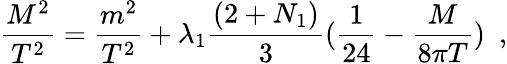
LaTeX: \frac{M^{2}}{T^{2}}=\frac{m^{2}}{T^{2}}+\lambda_{1}\frac{(2+N_{1})}{3}(\frac{1}{24}-\frac{M}{8\pi T})~~,